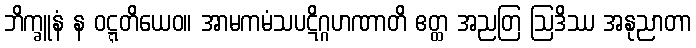
ဘိက္ခူနံ န ဝဋ္ဋတိယေဝ။ အာမကမံသပဋိဂ္ဂဟဏာတိ ဧတ္ထ အညတြ ဩဒိဿ အနုညာတာ